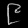
Digit: ၉